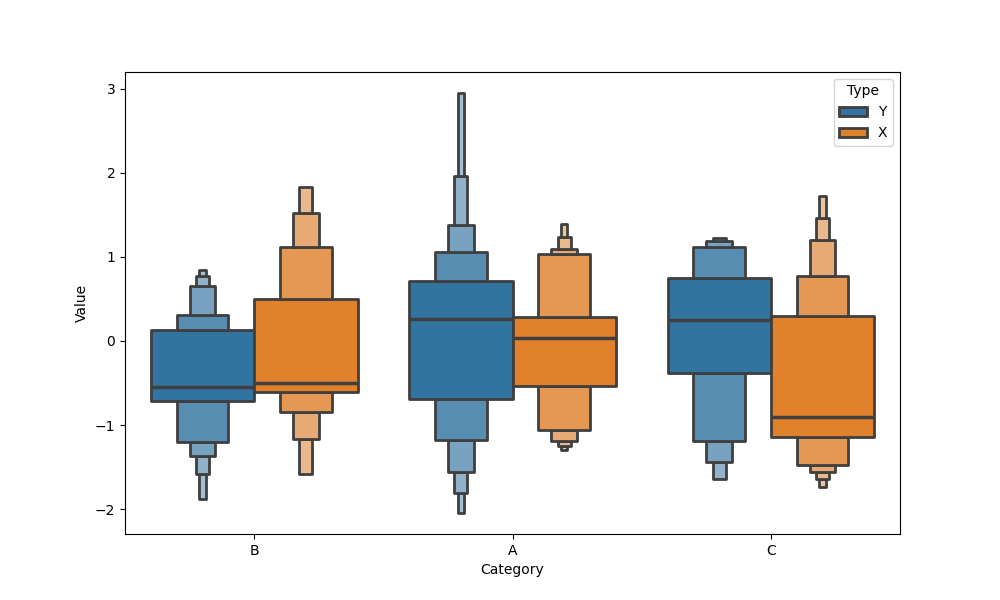
python, seaborn, boxenplot, k_depth='full', linewidth=2, scale='exponential', outlier_prop=0.2, showfliers=False